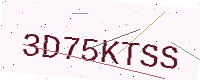
Text: 3D75KTSS